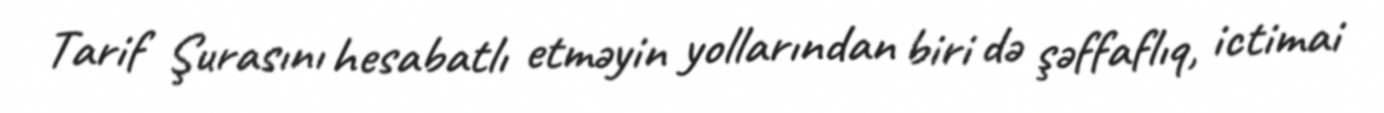
Tarif Şurasını hesabatlı etməyin yollarından biri də şəffaflıq, ictimai